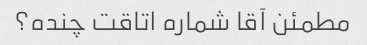
مطمئن آقا شماره اتاقت چنده؟